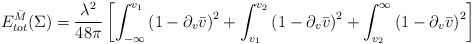
\begin{align*}E^{\bar{M}}_{tot}(\Sigma)={\lambda^2\over48\pi}\left[\int_{-\infty}^{v_1}\left(1-\partial_v\bar{v}\right)^2+\int_{v_1}^{v_2}\left(1-\partial_v\bar{v}\right)^2+\int_{v_2}^{\infty}\left(1-\partial_v\bar{v}\right)^2\right]\end{align*}